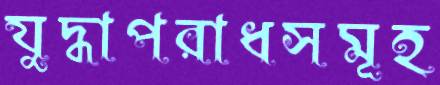
যুদ্ধাপরাধসমূহ